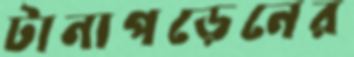
টানাপড়েনের